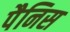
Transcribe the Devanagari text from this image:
पैनिस